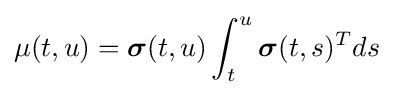
\mu (t,u)={\boldsymbol {\sigma }}(t,u)\int _{t}^{u}{\boldsymbol {\sigma }}(t,s)^{T}ds